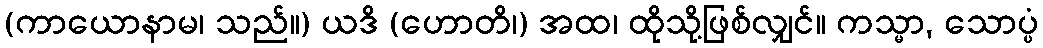
(ကာယောနာမ၊ သည်။) ယဒိ (ဟောတိ၊) အထ၊ ထိုသို့ဖြစ်လျှင်။ ကသ္မာ, သောပ္ပံ